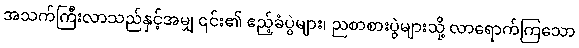
အသက်ကြီးလာသည်နှင့်အမျှ ၎င်း၏ ဧည့်ခံပွဲများ၊ ညစာစားပွဲများသို့ လာရောက်ကြသော